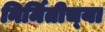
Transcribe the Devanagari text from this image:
निर्मितीच्‍या